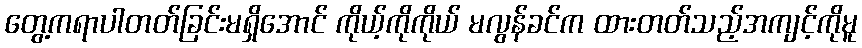
တွေ့ကရာပါတတ်ခြင်းမရှိအောင် ကိုယ့်ကိုကိုယ် မလွန်ခင်က ထားတတ်သည့်အကျင့်ကိုမူ